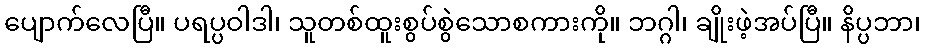
ပျောက်လေပြီ။ ပရပ္ပဝါဒါ၊ သူတစ်ထူးစွပ်စွဲသောစကားကို။ ဘဂ္ဂါ၊ ချိုးဖဲ့အပ်ပြီ။ နိပ္ပဘာ၊